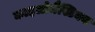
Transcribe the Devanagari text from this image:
काइलोमैस्टिक्स